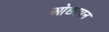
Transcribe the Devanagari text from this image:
ओछापन